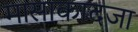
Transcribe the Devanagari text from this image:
मासाकादजा